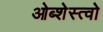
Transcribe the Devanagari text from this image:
ओब्शेस्त्वो